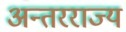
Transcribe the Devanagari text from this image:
अन्तरराज्य